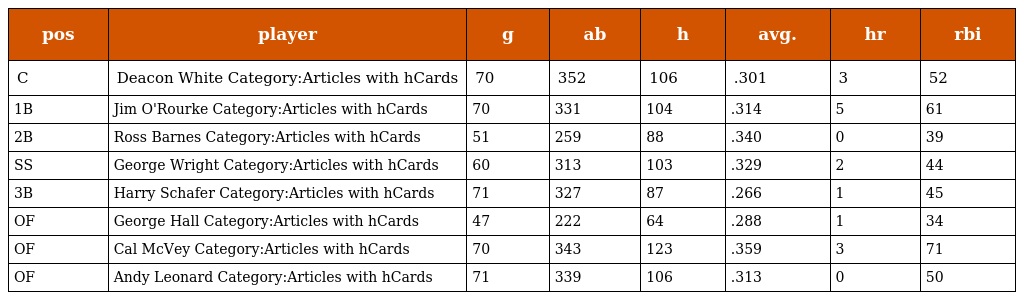
| pos | player | g | ab | h | avg. | hr | rbi |
 | --- | --- | --- | --- | --- | --- | --- | --- |
 | C | Deacon White Category:Articles with hCards | 70 | 352 | 106 | .301 | 3 | 52 |
 | 1B | Jim O'Rourke Category:Articles with hCards | 70 | 331 | 104 | .314 | 5 | 61 |
 | 2B | Ross Barnes Category:Articles with hCards | 51 | 259 | 88 | .340 | 0 | 39 |
 | SS | George Wright Category:Articles with hCards | 60 | 313 | 103 | .329 | 2 | 44 |
 | 3B | Harry Schafer Category:Articles with hCards | 71 | 327 | 87 | .266 | 1 | 45 |
 | OF | George Hall Category:Articles with hCards | 47 | 222 | 64 | .288 | 1 | 34 |
 | OF | Cal McVey Category:Articles with hCards | 70 | 343 | 123 | .359 | 3 | 71 |
 | OF | Andy Leonard Category:Articles with hCards | 71 | 339 | 106 | .313 | 0 | 50 |